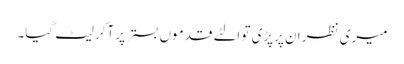
میری نظر ان پرپڑی تو الٹے قدموں بستر پر آکر لیٹ گیا۔